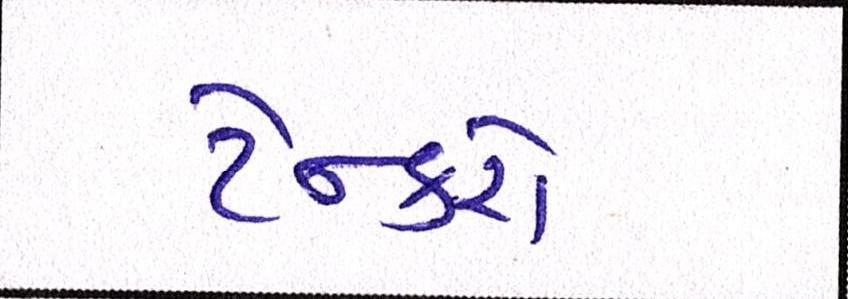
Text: ટેન્કરો